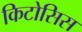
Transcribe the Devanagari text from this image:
किटोसिस